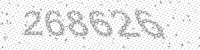
Solution: 268626